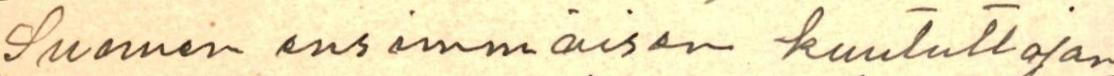
Suomen ensimmäisen kuuluttajan